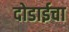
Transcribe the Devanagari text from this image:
दोडाईचा